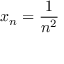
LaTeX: x _ { n } = { \frac { 1 } { n ^ { 2 } } }